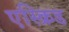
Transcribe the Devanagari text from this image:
एस्क्रिड